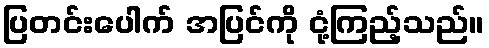
ပြတင်းပေါက် အပြင်ကို ငုံ့ကြည့်သည်။